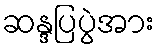
ဆန္ဒပြပွဲအား